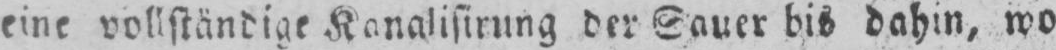
eine vollständige Kanalisirung der Sauer bis dahin, wo